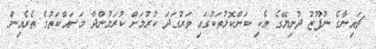
ޗައިނާގެ ނުފޫޒު ދުނިޔޭގެ އެކި ކަންކޮޅުތަކުގައި ވަރުގަދަ ކުރުމަށް ކުރަމުންދާ މަސައްކަތުގެ ތެރެއިން